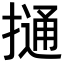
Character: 𢳟